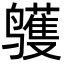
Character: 鹱